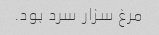
مرغ سزار سرد بود.